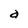
Character: a